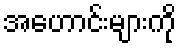
အဟောင်းများကို